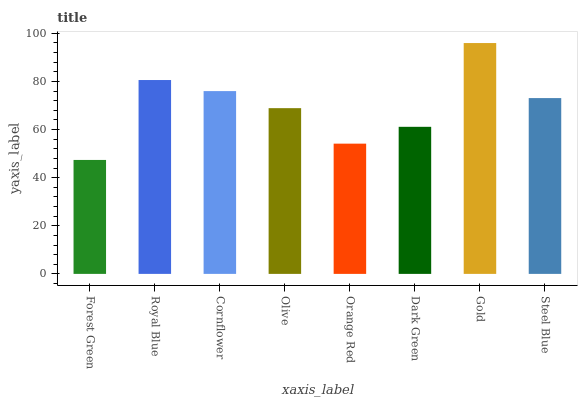
| xaxis_label | bars |
 | --- | --- |
 | Forest Green | 47.4 |
 | Royal Blue | 80.6 |
 | Cornflower | 76 |
 | Olive | 68.9 |
 | Orange Red | 54.2 |
 | Dark Green | 61.1 |
 | Gold | 96 |
 | Steel Blue | 73.1 |